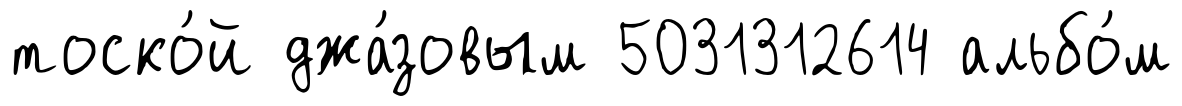
тоско́й джа́зовым 5031312614 альбо́м